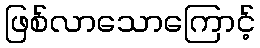
ဖြစ်လာသောကြောင့်